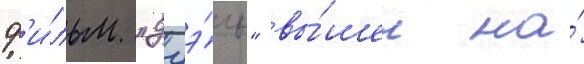
ф'и́льм "дуэ́ль" вы́шел на́